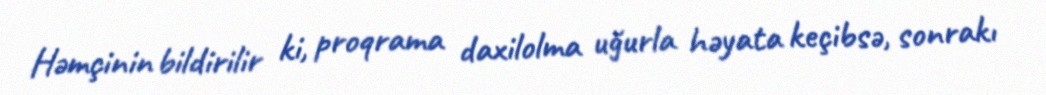
Həmçinin bildirilir ki, proqrama daxilolma uğurla həyata keçibsə, sonrakı